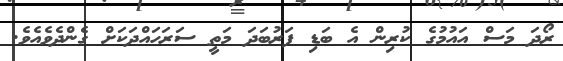
ރޯދަ މަސް އައުމުގެ ކުރިން އެ ބަޑި ފަރުބަދަ މަތީ ސަރަހައްދަކަށް ގެންދެވެއެވެ.